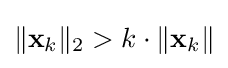
\|\mathbf {x} _{k}\|_{2}>k\cdot \|\mathbf {x} _{k}\|